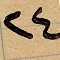
٢٤